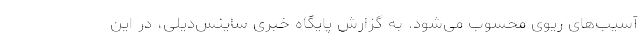
آسیب‌های ریوی محسوب می‌شود. به گزارش پایگاه خبری ساینس‌دیلی، در این